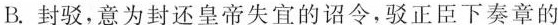
B.封驳，意为封还皇帝失宜的诏令，驳正臣下奏章的